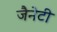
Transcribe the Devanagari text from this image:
जैनेटी